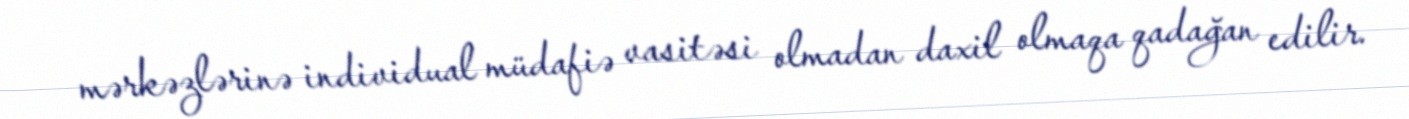
mərkəzlərinə individual müdafiə vasitəsi olmadan daxil olmaqa qadağan edilir.